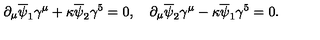
\partial _ { \mu } \overline { \psi } _ { 1 } \gamma ^ { \mu } + \kappa \overline { \psi } _ { 2 } \gamma ^ { 5 } = 0 , \quad \partial _ { \mu } \overline { \psi } _ { 2 } \gamma ^ { \mu } - \kappa \overline { \psi } _ { 1 } \gamma ^ { 5 } = 0 .